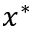
x ^ { * }